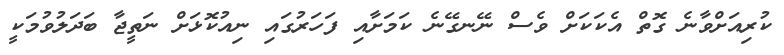
ކުރިއަށްވާނެ ގޮތް އެކަކަށް ވެސް ނޭނގޭނެ ކަމަށާއި ފަހަރުގައި ނިއުކޮޅަށް ނަތީޖާ ބަދަލުވުމަކީ